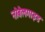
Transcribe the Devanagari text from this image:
नोबेलगाइड